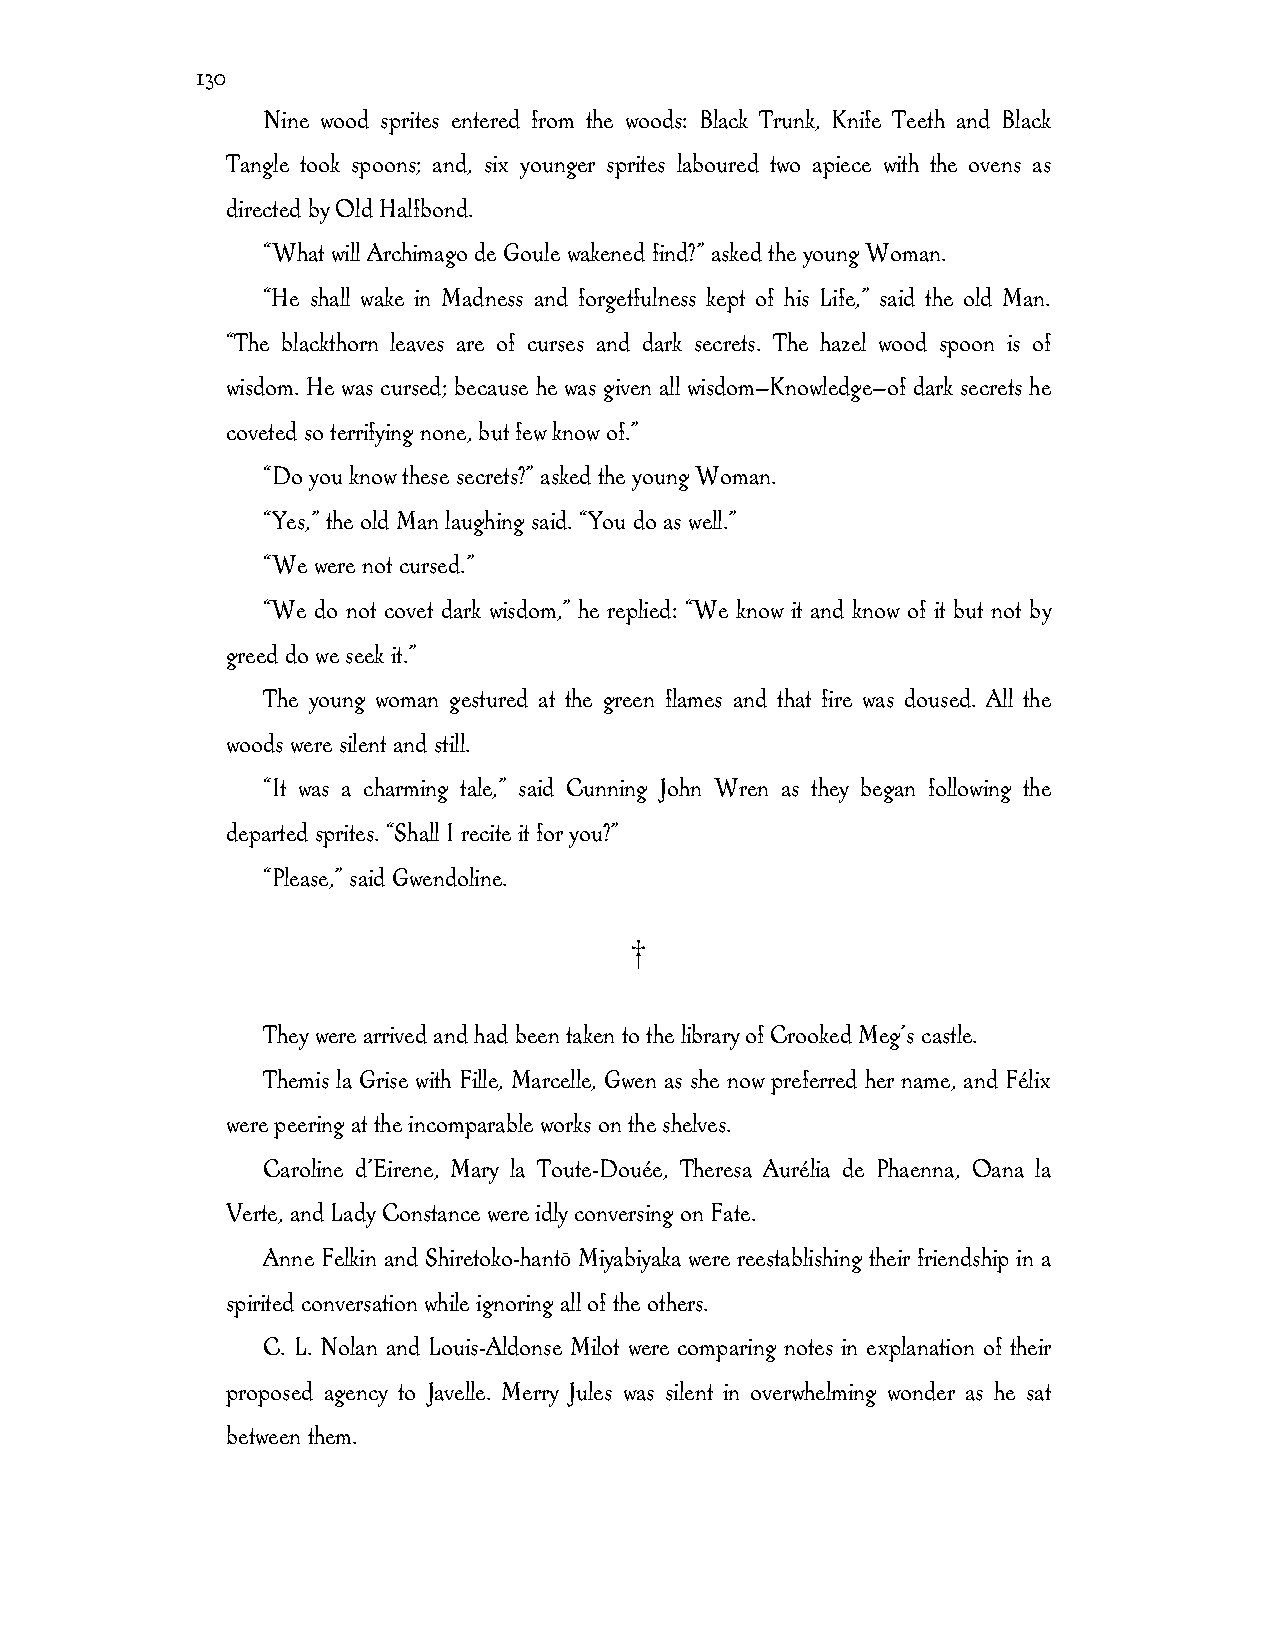
130
 Nine wood sprites entered from the woods: Black Trunk, Knife Teeth and Black
 Tangle took spoons; and, six younger sprites laboured two apiece with the ovens as
 directed by Old Halfbond.
 “What will Archimago de Goule wakened find?” asked the young Woman.
 “He shall wake in Madness and forgetfulness kept of his Life,” said the old Man.
 “The blackthorn leaves are of curses and dark secrets. The hazel wood spoon is of
 wisdom. He was cursed; because he was given all wisdom—Knowledge—of dark secrets he
 coveted so terrifying none, but few know of.”
 “Do you know these secrets?” asked the young Woman.
 “Yes,” the old Man laughing said. “You do as well.”
 “We were not cursed.”
 “We do not covet dark wisdom,” he replied: “We know it and know of it but not by
 greed do we seek it.”
 The young woman gestured at the green flames and that fire was doused. All the
 woods were silent and still.
 “It was a charming tale,” said Cunning John Wren as they began following the
 departed sprites. “Shall I recite it for you?”
 “Please,” said Gwendoline.
 †
 They were arrived and had been taken to the library of Crooked Meg’s castle.
 Themis la Grise with Fille, Marcelle, Gwen as she now preferred her name, and Félix
 were peering at the incomparable works on the shelves.
 Caroline d’Eirene, Mary la Toute-Douée, Theresa Aurélia de Phaenna, Oana la
 Verte, and Lady Constance were idly conversing on Fate.
 Anne Felkin and Shiretoko-hantō Miyabiyaka were reestablishing their friendship in a
 spirited conversation while ignoring all of the others.
 C. L. Nolan and Louis-Aldonse Milot were comparing notes in explanation of their
 proposed agency to Javelle. Merry Jules was silent in overwhelming wonder as he sat
 between them.